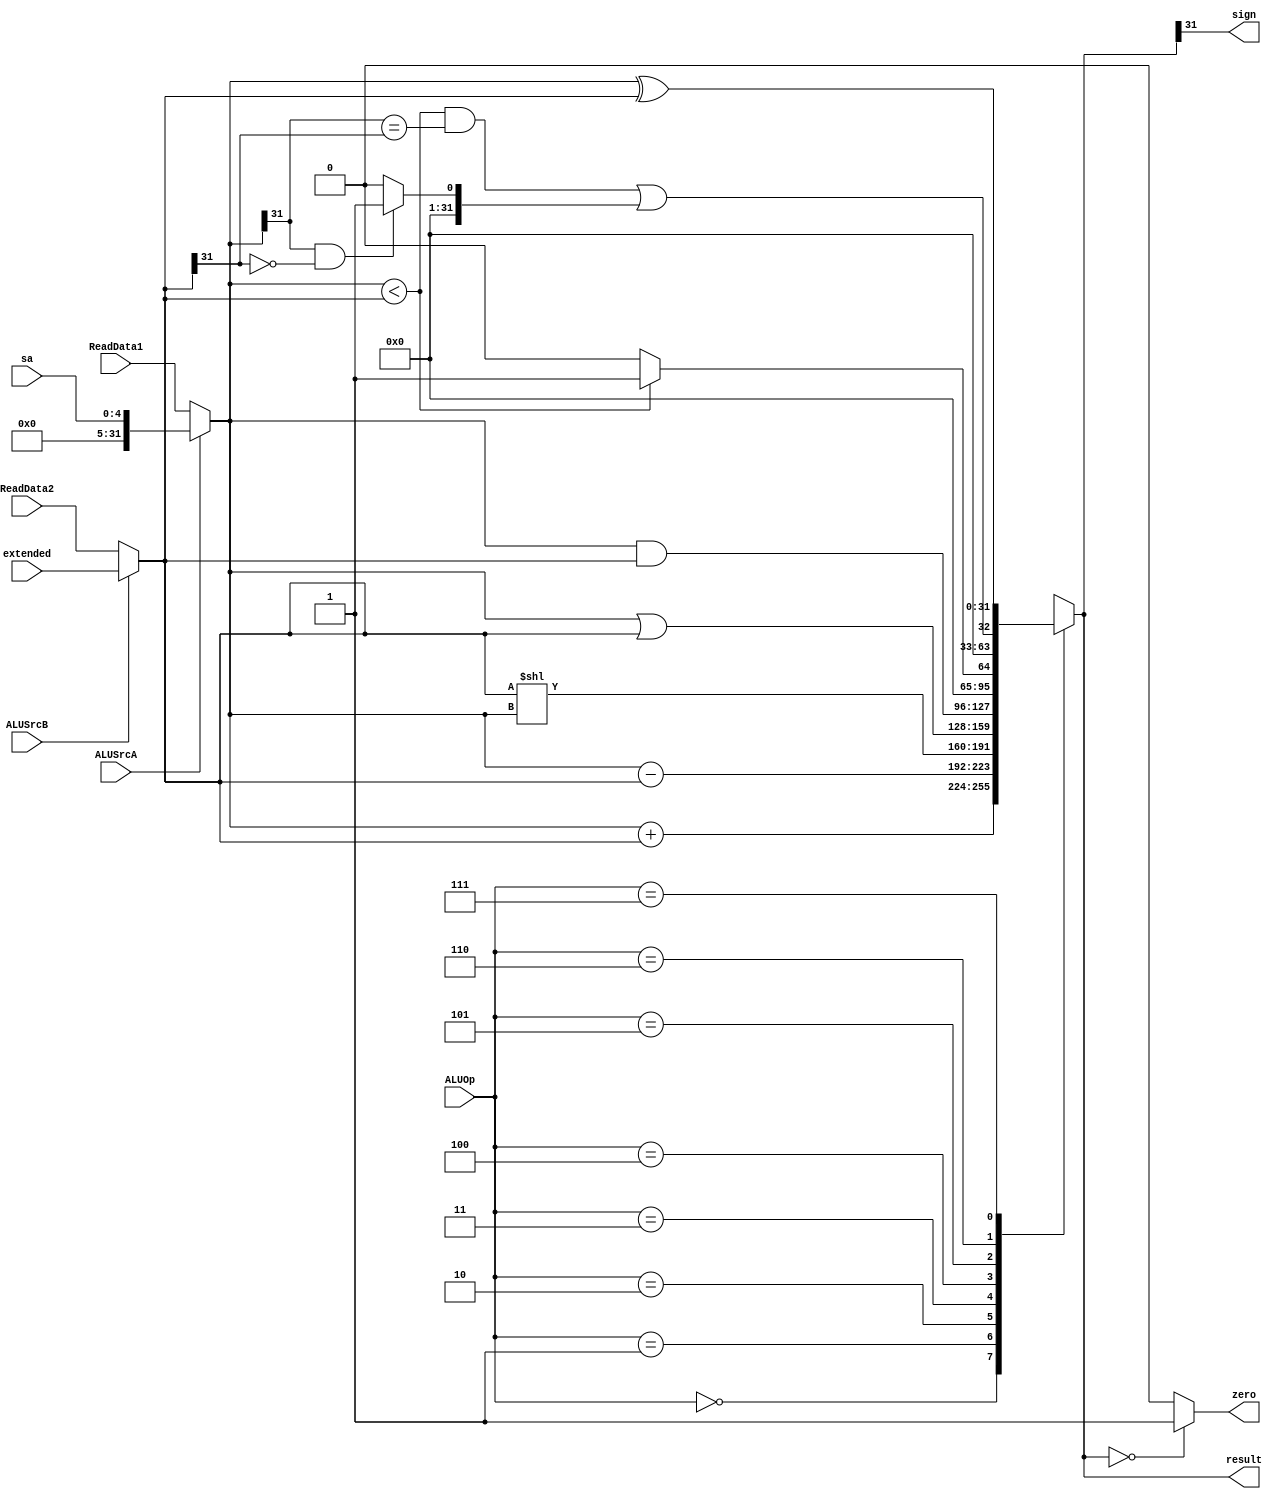
`timescale 1ns / 1ps
//////////////////////////////////////////////////////////////////////////////////
// Company: 
// Engineer: 
// 
// Design Name: 
// Module Name: alu
// Project Name: 
// Target Devices: 
// Tool Versions: 
// Description: 
// 
// Dependencies: 
// 
// Revision:
// Revision 0.01 - File Created
// Additional Comments:
// 
//////////////////////////////////////////////////////////////////////////////////


module alu(
    input [2:0] ALUOp,
    input ALUSrcA,
    input ALUSrcB,
    input [31:0] ReadData1,
    input [4:0] sa,
    input [31:0] ReadData2,
    input [31:0] extended,
    output reg sign,
    output reg zero,
    output reg[31:0] result
    );
    
    reg [31:0] A;
    reg [31:0] B;
    initial begin
        zero = 0;
        sign = 0;
        result = 0;
    end

    always@(ReadData1 or ReadData2 or ALUOp) begin
        // MUX
        A = (ALUSrcA == 0) ? ReadData1 : sa;
        B = (ALUSrcB == 0) ? ReadData2 : extended;
        case(ALUOp)
            3'b000: result = A + B;
            3'b001: result = A - B;
            3'b010: result = B << A;
            3'b011: result = A | B;
            3'b100: result = A & B;
            3'b101: result = (A < B) ? 1 : 0;
            3'b110: result = ((A < B) && (A[31] == B[31])) || (((A[31] == 1) && (B[31] == 0)) ? 1 : 0);
            3'b111: result = A ^ B;
        endcase
        zero = (result == 0) ? 1 : 0;
        sign = result[31];
    end
endmodule